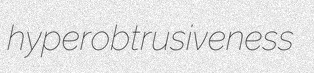
hyperobtrusiveness